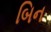
બિન